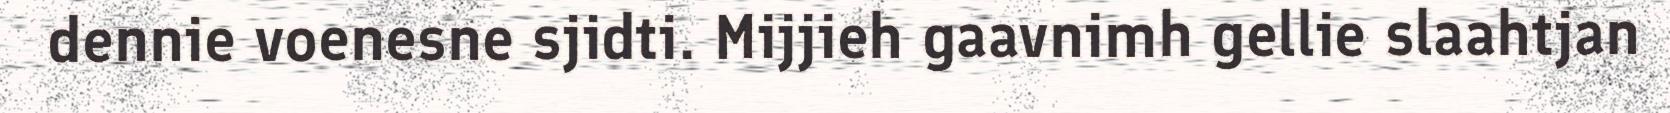
dennie voenesne sjidti. Mijjieh gaavnimh gellie slaahtjan